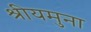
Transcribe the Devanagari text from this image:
श्रीयमुना